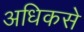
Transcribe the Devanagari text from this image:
अधिकसे